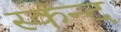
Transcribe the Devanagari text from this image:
स्कंन्द